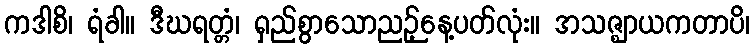
ကဒါစိ၊ ရံခါ။ ဒီဃရတ္တံ၊ ရှည်စွာသောညဉ့်နေ့ပတ်လုံး။ အသဇ္ဈာယကတာပိ၊